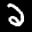
Label: 2